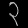
Digit: ၃